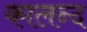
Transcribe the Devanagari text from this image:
कालन्द